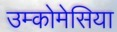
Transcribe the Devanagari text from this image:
उम्कोमेसिया